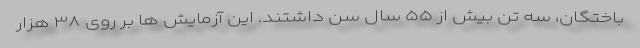
باختگان، سه تن بیش از ۵۵ سال سن داشتند. این آزمایش ها بر روی ۳۸ هزار